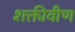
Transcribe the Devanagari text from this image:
शक्तीवीण